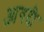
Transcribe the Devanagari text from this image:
आगदी